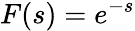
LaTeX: F(s)=e^{-s}